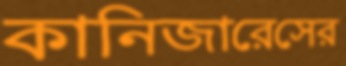
কানিজারেসের